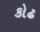
કોઢ